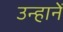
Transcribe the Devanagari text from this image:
उन्हानें